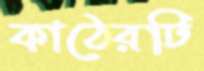
কাঠেরটি